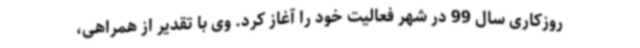
روزکاری سال 99 در شهر فعالیت خود را آغاز کرد. وی با تقدیر از همراهی،